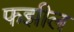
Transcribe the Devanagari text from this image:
फझील